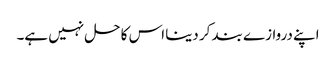
اپنے دروازے بند کر دینا اس کا حل نہیں ہے۔